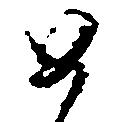
如